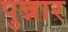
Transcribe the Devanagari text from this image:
पुन्नार